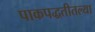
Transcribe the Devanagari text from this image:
पाकपद्धतीतल्या